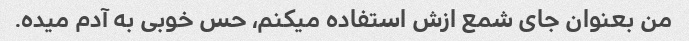
من بعنوان جای شمع ازش استفاده میکنم، حس خوبی به آدم میده.